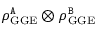
\rho _ { \mathrm { G G E } } ^ { \tt A } \otimes \rho _ { \mathrm { G G E } } ^ { \tt B }